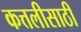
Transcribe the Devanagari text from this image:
कत्तलीसाठी